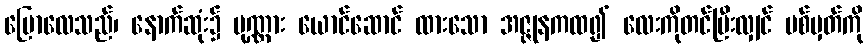
ပြောလေသည်၊ နောက်ဆုံး၌ ပုဏ္ဏား ယောင်ဆောင် ထားသော အဇ္ဇုနကထ၍ လေးကိုတင်ပြီးလျှင် ပစ်မှတ်ကို